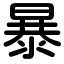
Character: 暴